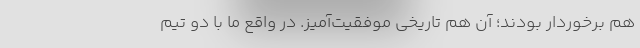
هم برخوردار بودند؛ آن هم تاریخی موفقیت‌آمیز. در واقع ما با دو تیم